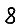
Digit: 8